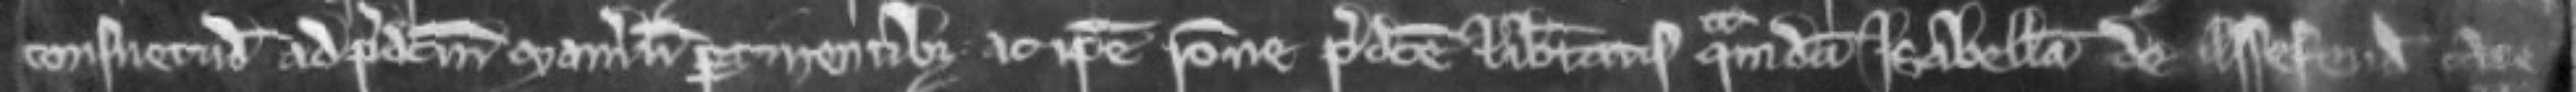
consuetudinibus ad predictum manerium pertinentibus. ac ipse racione predicte libertatis quamdam Isabellam de Assefeud capere